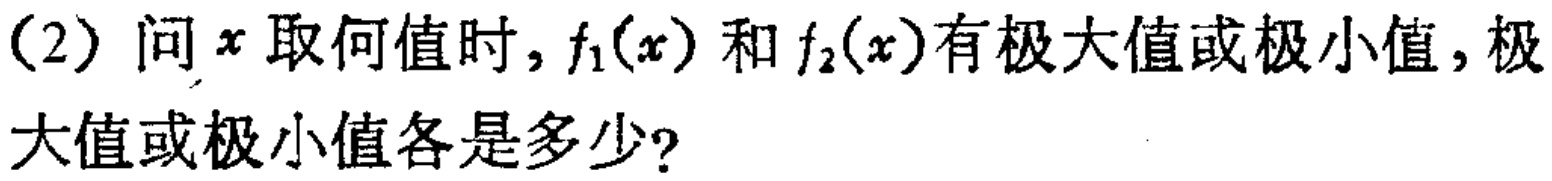
(2) 问 \(x\) 取何值时，\(f_1(x)\) 和 \(f_2(x)\)有极大值或极小值，极大值或极小值各是多少？